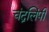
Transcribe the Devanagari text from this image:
चंद्रलिंपी